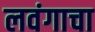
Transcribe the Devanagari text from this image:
लवंगाचा